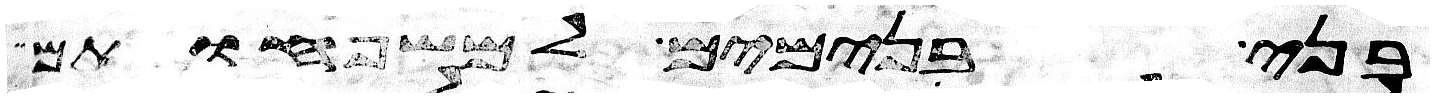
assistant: בני בנימים למשפחותם